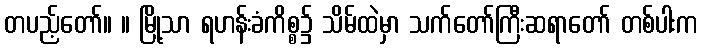
တပည့်တော်။ ။ မြို့သာ ရဟန်းခံကိစ္စ၌ သိမ်ထဲမှာ သက်တော်ကြီးဆရာတော် တစ်ပါးက